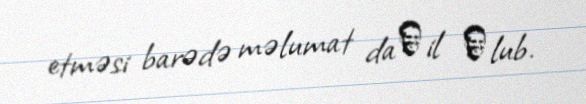
etməsi barədə məlumat daхil оlub.